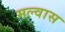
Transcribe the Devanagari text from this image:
मल्वास